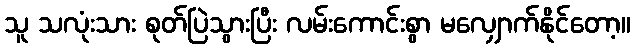
သူ သလုံးသား စုတ်ပြဲသွားပြီး လမ်းကောင်းစွာ မလျှောက်နိုင်တော့။